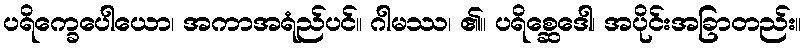
ပရိက္ခေပေါယော၊ အကာအရံည်ပင်။ ဂါမဿ၊ ၏။ ပရိစ္ဆေဒေါ၊ အပိုင်းအခြာတည်း။